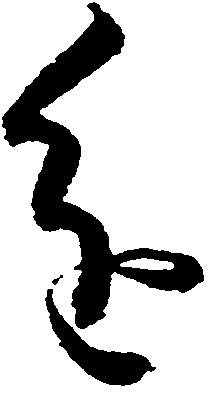
進